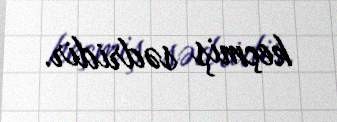
keçmiş sədridir.